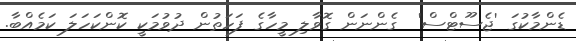
ޑެންމާކުގަ 'ޖެސޫޓްސް'  ގެންނަން ގޮވާލި މީހާގެ ފަހަތުން ދުވުމަކީ ކޮންކަހަލަ ކަމެއްބާ.